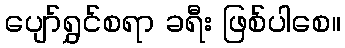
ပျော်ရွှင်စရာ ခရီး ဖြစ်ပါစေ။